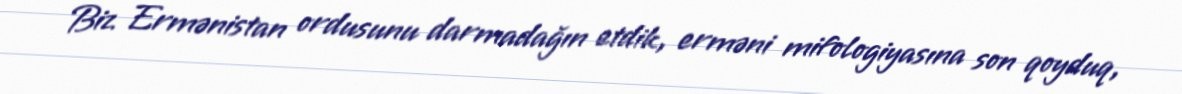
Biz Ermənistan ordusunu darmadağın etdik, erməni mifologiyasına son qoyduq,